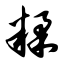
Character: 糅